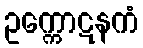
ဥက္ကောဋနကံ